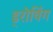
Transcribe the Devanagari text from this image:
ड्रोविंग